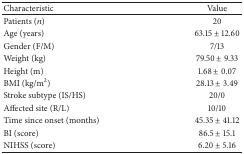
| Characteristic | Value |
 | --- | --- |
 | Patients (n) | 20 |
 | Age (years) | 63.15 ± 12.60 |
 | Gender (F/M) | 7/13 |
 | Weight (kg) | 79.50 ± 9.33 |
 | Height (m) | 1.68 ± 0.07 |
 | BMI (kg/m2) | 28.13 ± 3.49 |
 | Stroke subtype (IS/HS) | 20/0 |
 | Affected site (R/L) | 10/10 |
 | Time since onset (months) | 45.35 ± 41.12 |
 | BI (score) | 86.5 ± 15.1 |
 | NIHSS (score) | 6.20 ± 5.16 |